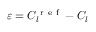
\varepsilon = C _ { l } ^ { \mathrm { ~ r ~ e ~ f ~ } } - C _ { l }